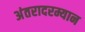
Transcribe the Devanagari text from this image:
अंतरादरम्यान